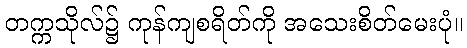
တက္ကသိုလ်၌ ကုန်ကျစရိတ်ကို အသေးစိတ်မေးပုံ။